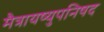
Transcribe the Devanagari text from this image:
मैत्रायष्युपनिषद